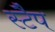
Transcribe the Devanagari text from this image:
स्टैप